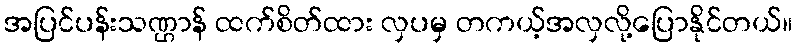
အပြင်ပန်းသဏ္ဌာန် ထက်စိတ်ထား လှပမှ တကယ့်အလှလို့ပြောနိုင်တယ်။